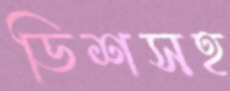
ডিশসহ